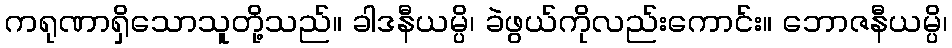
ကရုဏာရှိသောသူတို့သည်။ ခါဒနီယမ္ပိ၊ ခဲဖွယ်ကိုလည်းကောင်း။ ဘောဇနီယမ္ပိ၊